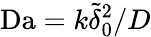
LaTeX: \mathrm{Da}=k{\tilde{\delta}}_{0}^{2}/D